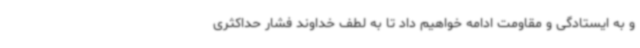
و به ایستادگی و مقاومت ادامه خواهیم داد تا به لطف خداوند فشار حداکثری